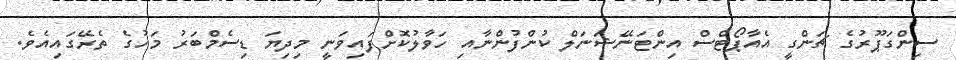
ސިންގަޕޫރުގެ ޗަންގީ އެއާޕޯޓްސް އިންޓަނޭޝަނަލް ކުންފުންނާއި ހަވާލުކޮށްފައިވަނީ މިދިޔަ ޑިސެމްބަރު މަހުގެ ތެރޭގައިއެވެ.